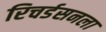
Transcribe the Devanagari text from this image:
रिचर्डसनला